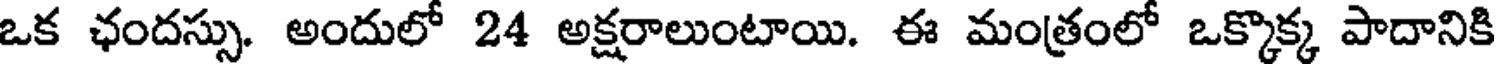
ఒక ఛందస్సు. అందులో 24 అక్షరాలుంటాయి. ఈ మంత్రంలో ఒక్కొక్క పాదానికి